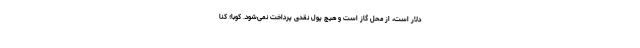
دلار است، از محل گاز است و هیچ پول نقدی پرداخت نمی‌شود. کوبا؛ کنا